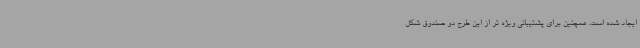
ایجاد شده است. همچنین برای پشتیبانی ویژه تر از این طرح دو صندوق شکل